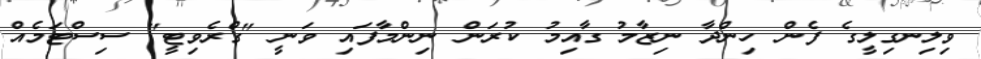
ވިލިނގިލީގެ ފެން ހިންދާ ނިޒާމު ގާއިމު ކުރަން ނިންމާފައި ވަނީ "ގްރެވިޓީ" ސިސްޓަމެއް